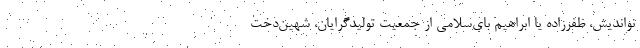
نواندیش، ظفرزاده یا ابراهیم بای‌سلامی از جمعیت تولیدگرایان، شهین‌دخت